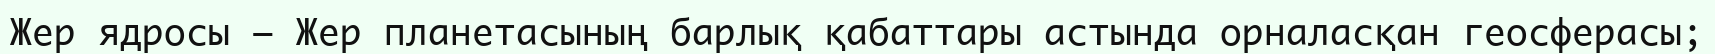
Жер ядросы — Жер планетасының барлық қабаттары астында орналасқан геосферасы;